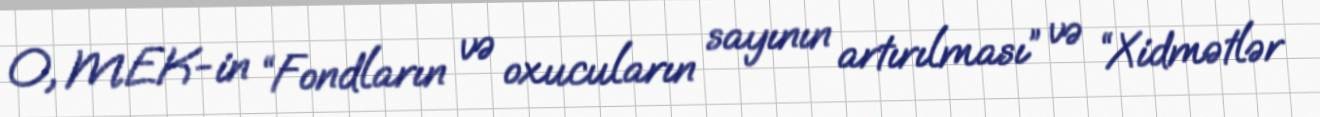
O, MEK-in “Fondların və oxucuların sayının artırılması” və “Xidmətlər